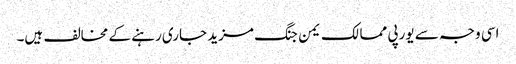
اسی وجہ سے یورپی ممالک یمن جنگ مزید جاری رہنے کے مخالف ہیں۔